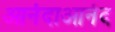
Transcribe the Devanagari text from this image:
आनंदाआनंद